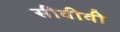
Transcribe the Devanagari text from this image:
सीवीवी